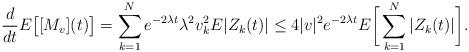
LaTeX: \begin{align*}\frac{d}{dt}E\big[[M_v](t)\big]=\sum_{k=1}^Ne^{-2\lambda t}\lambda^2v_{k}^2E|Z_k(t)|\le4|v|^2e^{-2\lambda t}E\bigg[\sum_{k=1}^N|Z_k(t)|\bigg].\end{align*}